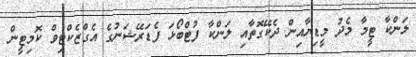
ލަންކާ ޓީމާ މެދު މީޑިޔާއިން ދެކޭގޮތާއި ލަންކާ ފުޓްބޯޅަ ފެޑަރޭޝަނުގެ އެގްޒެކްޓިވް ކޮމިޓީން